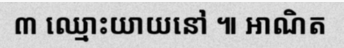
៣ ឈ្មោះយាយនៅ ៕ អាណិត